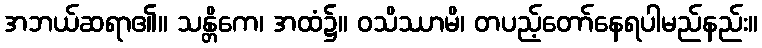
အဘယ်ဆရာ၏။ သန္တိကေ၊ အထံ၌။ ဝသိဿာမိ၊ တပည့်တော်နေရပါမည်နည်း။